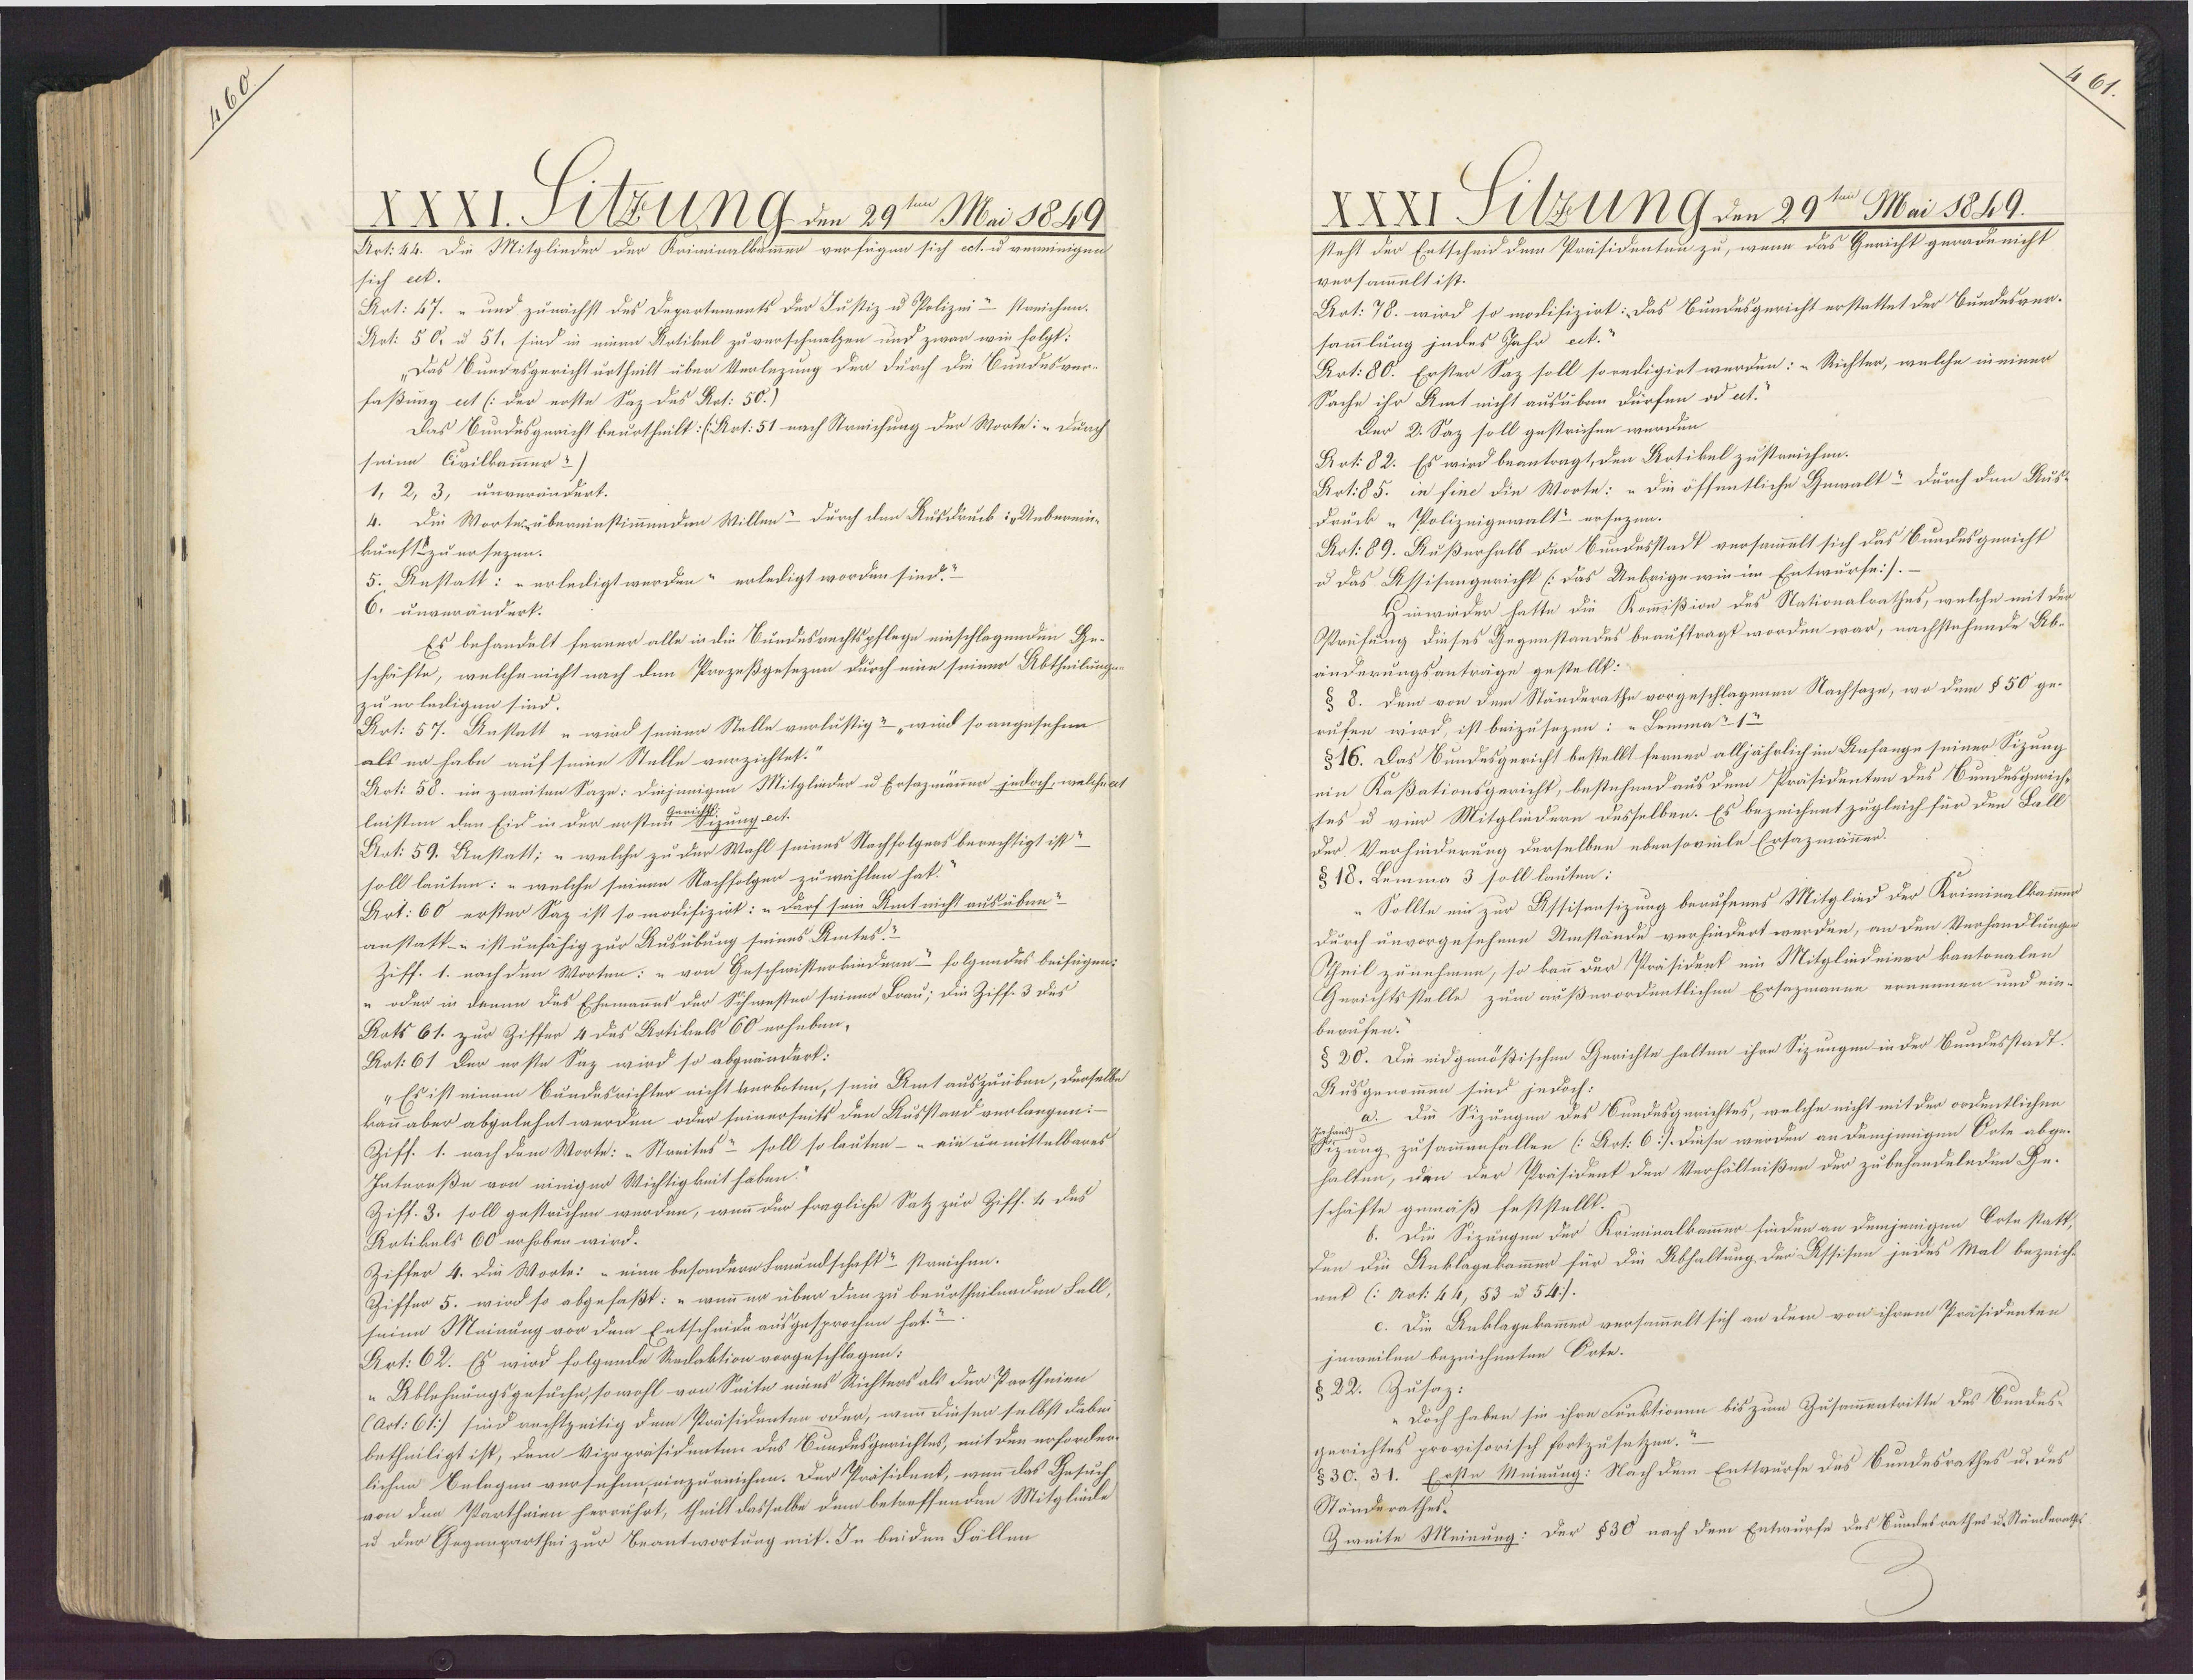
XXXI. SlunG den 29ten Mai 1849.
Art: 44. Die Mitglieder der Kriminalkammer verfügen sich ect. u vereinigen
sich ect.
Aot: 27. „ und zunächst des Departements der Justiz u Polizei" streichen.
Art: 50. u 51. sind in einem Rotikel zu verschmelzen und zwar wie folgt:
„Das Sundesgericht urtheilt über Verlezung der durch die Bundesver¬
faßung ect (:der erste Saz des Rat: 50.)
Das Bundesgericht beurtheilt: (Art. 51 nach Streichung der Worte: „durch
seine Civilkammer-)
1, 2, 3, unverändert.
4. Die Worterübereinstimmenden Willen? durch den Ausdruck: „Unberein¬
kunftzu ersezen.
5. Anstatt: "erledigt werden- erledigt worden sind."
6. unverändert.
Es behandelt ferner alle in die Bundesrechtspflege einschlagenden Ge¬
schäfte, welche nicht nach den Prozeßgesezen durch eine seiner Abtheilunge
zu erledigen sind.
Art: 57. Anstatt u wird seiner Stelle verlustig? wird so angesehen
als er habe auf seine Stelle verzichtet.
Art: 58. im zweiten Saze: diejenigen Mitglieder u Ersazmänner jedoch, welche at
leisten den Eid in der erste izung ect.
Art: 59. Anstatt; u welche zu der Wahl seines Nachfolgens berechtigt ist?
soll lauten: „welche seinen Nachfolger zuwählen hat.
Art: 60 erster Saz ist so modifizirt: „darf sein Amt nicht ausüben-
anstatt-u ist unfähig zur Ausübung seines Amtes"
Ziff. 1. nach den Worten: "von Geschwisterkiedern- folgendes beifügen,
oder in denen das Ehemannes der Schwester seiner Frau; die Ziff. 3 des
Rats 61. zur Ziffer 4 das Artikels 60 erheben,
Art: 61 Der erste Saz wird so abgeändert.
"Es ist einem Bundesrichter nicht verboten, sein Amtauszuüben, derselbe
kann aber abgelehnt werden oder seinerseits den Ausstand verlangen:
Ziff. 1. nach dem Worte: -Streites? soll so lauten - " ein unmittelbares
Interaße von einiger Wichtigkeit haben.
Ziff. 3. soll gestruchen werden, wenn der fragliche Satz zur Ziff. 4 des
Artikels 60 erhoben wird.
Ziffer 4. Die Worte: „eine besondere Freundschaft? streichen.
Ziffer 5. wird so abgefaßt: "wenn er über den zu beurtheilenden Fall,
seine Meinung vor dem Entscheide ausgesprochen hat.?
Art: 62. Es wird folgende Redaktion vorgeschlagen:
"Ablehnungsgesuche, so wohl von Seite eines Richters als der Partheien
(Art: 61) sind rechtzeitig dem Präsidenten oder, wenn diesen selbst dibei
betheiligt ist, dem Vizepräsidenten des Bundesgerichtes, mit den erforder
lichen Belegen versehen, einzureichen. Der Präsident, wenn das Gesuch,
von den Partheien herrührt, theilt dasselbe dem betreffenden Mitgliede
u der Gegengarthei zur Beantwortung mit. In beiden Fällen

XXXI Silzung den 29ten Mai 1859.
steht der Entscheid dem Präsidenten zu, wenn das Gericht gerade nicht
versammelt ist.
Art: 78. wird so modifizirt: Das Bundesgericht erstattet der Bundesver¬
sammlung jndes Jahr ect.
Art: 80. Erster Saz soll so redigirt werden: „Richter, welche ieiner
Sache ihr Amt nicht ausüben dürfen ad ect.
Der 2. Saz soll gestrichen werden.
Art: 82. Es wird beantragt, den Artikel zustreichen.
Art: 85. in fine die Worte: „Die öffentliche Gewalt? Durch den Aus
Druck „Polizeigewalt- ersezen.
Art: 89. Außerhalb der Bundesstadt versammelt sich das Bundesgericht
u das Assisungericht (:das Unbrige wie im Entwurfe:/.
Hinwieder hatte die Kommißion des Nationalrathes, welche mit der
Orüfung dieses Gegenstandes beauftragt worden war, nachstehende Ab-
änderungsanträge gestellt:
§ 8. Dem von dem Ständerathe vorgeschlagenen Nachsaze, wo dem §50 ge¬
rufen wird, ist beizusezen: „Lemma? 1
§16. Das Bundesgericht bestellt ferner alljährlich im Anfange seiner Sizung
ein Kaßationsgericht, bestehend aus dem Präsidenten des Bundesgerich
tes u vier Mitgliedern desselben. Es bezeichnet zugleich für den Fald
der Verhinderung derselben ebensoveile Ersazmännen¬
§18. Lemma 3 soll lauten:
-Sollte ein zur Assisensizung berufenes Mitglied der Kriminalkammmes
Durch unvorgesehene Umstände verhindert werden, an den Verhandlungen
Theil zunehmen, so kann der Präsident ein Mitglindeiner kantonalen
Gerichtsstelle zum außerordentlichen Ersazmanne ernennen und ein
berufen.
§ 20. Die eidgenößischen Gerichte halten ihre Sizungen in der Bundesstadt.
Ausgenommen sind jedoch:
a. Die Sizungen des Sundesgerichtes, welche nicht mit der ordentlichen
Szung zusammenfallen (Art: 6.). diese werden an demjenigen Orte abge¬
halten, den der Präsident den Verhältnißen der zubehandelnden Ge-
schäfte gemäß feststellt.
b. Die Sizungen der Kriminalkammer finden an demjenigen Orte statt
Den die Anklagekammer für die Abhaltung der Assisen jedes Mal bezeich
mit (: Art: 44, 53 u 54/
c. Die Anklagekammer versammelt sich an dem von ihrem Präsidenten
jnweilen bezeichnnten Orte.
§22. Zusag:
„Doch haben sie ihre Funktionen bis zum Zusammentritte des Bundes-
gerichtes provisorisch fortzusetzen."
830. 31. Erste Meinung: Nach dem Entturfe des Bundesrathes u. des
Ständerathes.
Zweite Meinung: Der 830 nach dem Entwurfe des Sundesrathes u. Ständenath

72